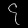
Digit: ၄